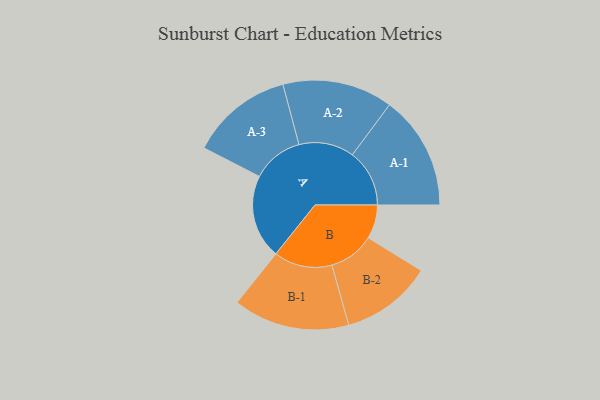
{"axis": {"x": "Segment", "y": "Value"}, "legend": ["", "A", "B"], "data": [{"x": "A", "y": 387, "type": ""}, {"x": "B", "y": 156, "type": ""}, {"x": "A-1", "y": 263, "type": "A"}, {"x": "A-2", "y": 254, "type": "A"}, {"x": "A-3", "y": 236, "type": "A"}, {"x": "B-1", "y": 268, "type": "B"}, {"x": "B-2", "y": 210, "type": "B"}]}